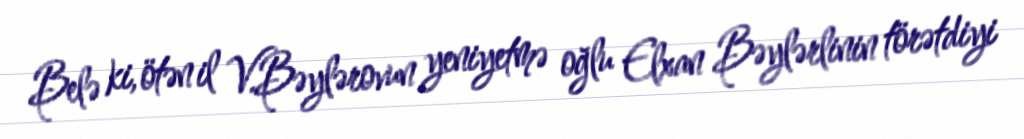
Belə ki, ötən il V.Bəylərovun yeniyetmə oğlu Elxan Bəylərlinin törətdiyi